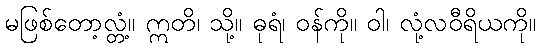
မဖြစ်တော့လ္တံ့။ ဣတိ၊ သို့။ ဓုရံ၊ ဝန်ကို။ ဝါ၊ လုံ့လဝီရိယကို။